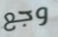
وجع